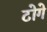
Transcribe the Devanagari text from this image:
टोगे